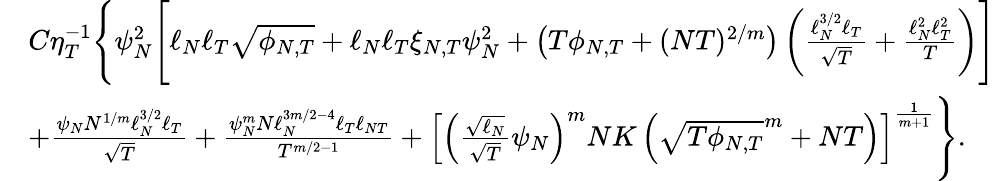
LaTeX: \begin{array}{rl}&{C\eta_{T}^{-1}\Bigg\{ \psi_{N}^{2}\Bigg[\ell_{N}\ell_{T}\sqrt{\phi_{N,T}}+\ell_{N}\ell_{T}\xi_{N,T}\psi_{N}^{2}+\left(T\phi_{N,T}+(NT)^{2/m}\right)\left(\frac{\ell_{N}^{3/2}\ell_{T}}{\sqrt{T}}+\frac{\ell_{N}^{2}\ell_{T}^{2}}{T}\right)\Bigg]}\\ &{+\frac{\psi_{N}N^{1/m}\ell_{N}^{3/2}\ell_{T}}{\sqrt{T}}+\frac{\psi_{N}^{m}N\ell_{N}^{3m/2-4}\ell_{T}\ell_{NT}}{T^{m/2-1}}+\left[\left(\frac{\sqrt{\ell_{N}}}{\sqrt{T}}\psi_{N}\right)^{m}NK\left(\sqrt{T\phi_{N,T}}^{m}+NT\right)\right]^{\frac{1}{m+1}}\Bigg\} .}\end{array}